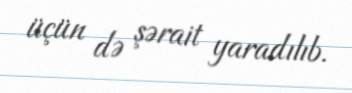
üçün də şərait yaradılıb.